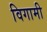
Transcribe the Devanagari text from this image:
विगामी